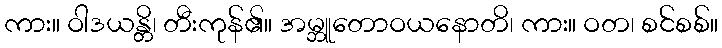
ကား။ ဝါဒယန္တိ၊ တီးကုန်၏။ အမ္ဘူတောဝယနောတိ၊ ကား။ ဝတ၊ စင်စစ်။